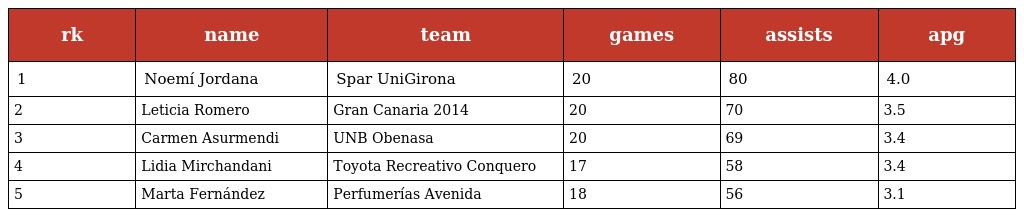
| rk | name | team | games | assists | apg |
 | --- | --- | --- | --- | --- | --- |
 | 1 | Noemí Jordana | Spar UniGirona | 20 | 80 | 4.0 |
 | 2 | Leticia Romero | Gran Canaria 2014 | 20 | 70 | 3.5 |
 | 3 | Carmen Asurmendi | UNB Obenasa | 20 | 69 | 3.4 |
 | 4 | Lidia Mirchandani | Toyota Recreativo Conquero | 17 | 58 | 3.4 |
 | 5 | Marta Fernández | Perfumerías Avenida | 18 | 56 | 3.1 |